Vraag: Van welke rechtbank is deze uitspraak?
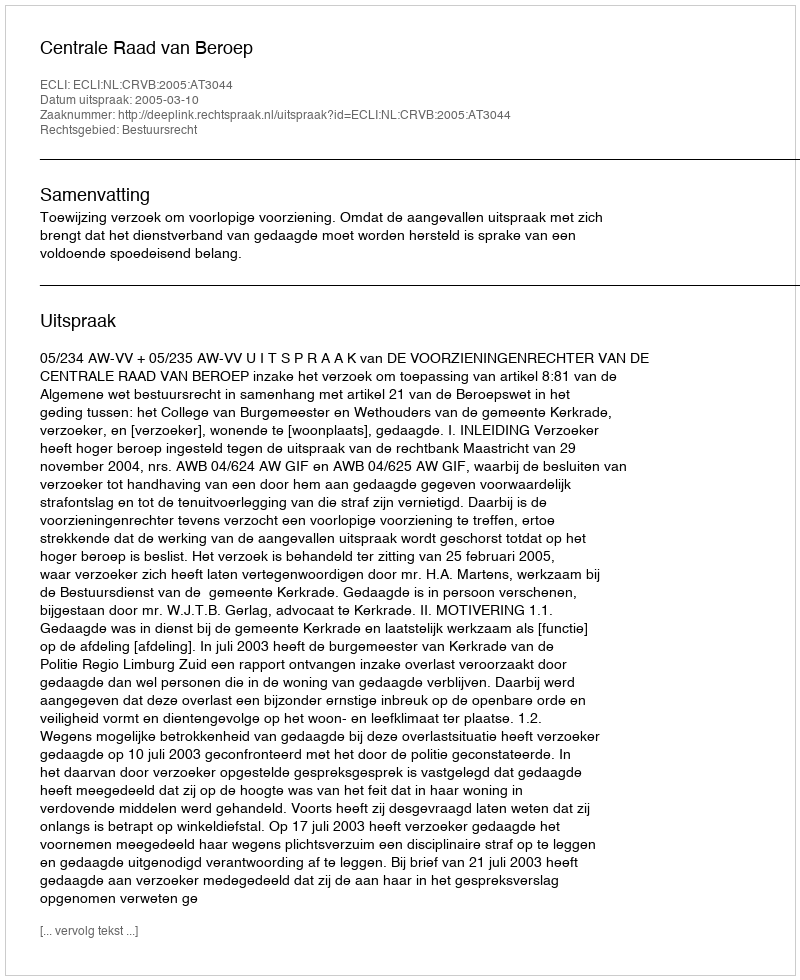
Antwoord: Centrale Raad van Beroep